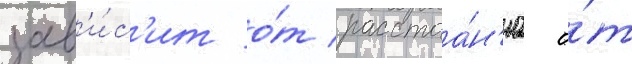
зав'и́с'ит о́т расстоа́н'иа о́т